Vaccine operations Central Provinces & Berar 1912-1920 - 1912-1920
Year: 1912
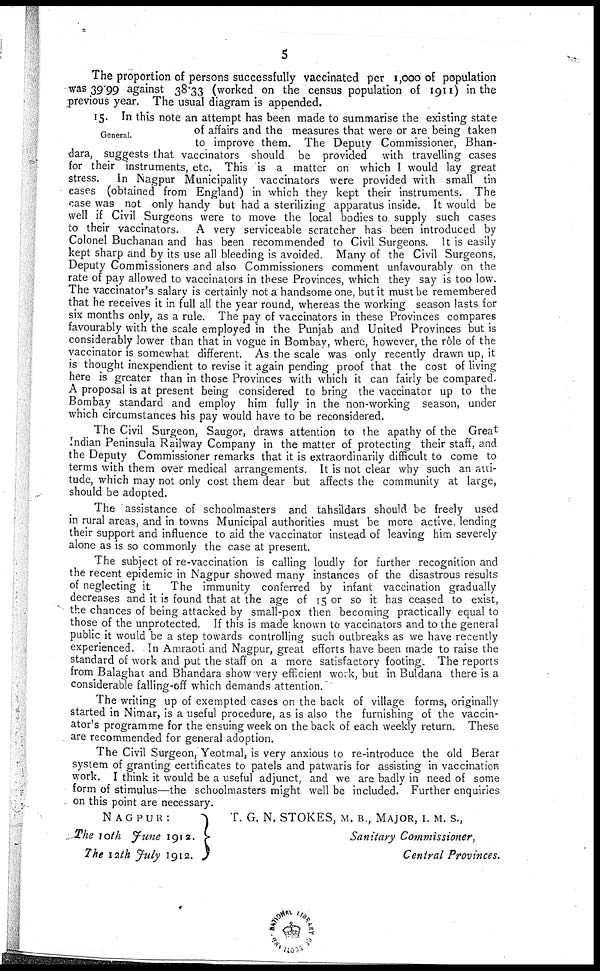
5
The proportion of persons successfully vaccinated per 1,000 of population
was 39.99 against 38.33 (worked on the census population of 1911) in the
previous year. The usual diagram is appended.
General.
15. In this note an attempt has been made to summarise the existing state
of affairs and the measures that were or are being taken
to improve them. The Deputy Commissioner, Bhan¬
dara, suggests that vaccinators should be provided with travelling cases
for their instruments, etc. This is a matter on which I would lay great
stress. In Nagpur Municipality vaccinators were provided with small tin
cases (obtained from England) in which they kept their instruments. The
case was not only handy but had a sterilizing apparatus inside. It would be
well if Civil Surgeons were to move the local bodies to supply such cases
to their vaccinators. A very serviceable scratcher has been introduced by
Colonel Buchanan and has been recommended to Civil Surgeons. It is easily
kept sharp and by its use all bleeding is avoided. Many of the Civil Surgeons,
Deputy Commissioners and also Commissioners comment unfavourably on the
rate of pay allowed to vaccinators in these Provinces, which they say is too low.
The vaccinator's salary is certainly not a handsome one, but it must be remembered
that he receives it in full all the year round, whereas the working season lasts for
six months only, as a rule. The pay of vaccinators in these Provinces compares
favourably with the scale employed in the Punjab and United Provinces but is
considerably lower than that in vogue in Bombay, where, however, the rôle of the
vaccinator is somewhat different. As the scale was only recently drawn up, it
is thought inexpendient to revise it again pending proof that the cost of living
here is greater than in those Provinces with which it can fairly be compared.
A proposal is at present being considered to bring the vaccinator up to the
Bombay standard and employ him fully in the non-working season, under
which circumstances his pay would have to be reconsidered.
The Civil Surgeon, Saugor, draws attention to the apathy of the Great
Indian Peninsula Railway Company in the matter of protecting their staff, and
the Deputy Commissioner remarks that it is extraordinarily difficult to come to
terms with them over medical arrangements. It is not clear why such an atti-
tude, which may not only cost them dear but affects the community at large,
should be adopted.
The assistance of schoolmasters and tahsildars should be freely used
in rural areas, and in towns Municipal authorities must be more active, lending
their support and influence to aid the vaccinator instead of leaving him severely
alone as is so commonly the case at present.
The subject of re-vaccination is calling loudly for further recognition and
the recent epidemic in Nagpur showed many instances of the disastrous results
of neglecting it
The immunity conferred by infant vaccination gradually
decreases and it is found that at the age of 15 or so it has ceased to exist,
the chances of being attacked by small-pox then becoming practically equal to
those of the unprotected. If this is made known to vaccinators and to the general
public it would be a step towards controlling such outbreaks as we have recently
experienced. In Amraoti and Nagpur, great efforts have been made to raise the
standard of work and put the staff on a more satisfactory footing. The reports
from Balaghat and Bhandara show very efficient work, but in Buldana there is a
considerable falling-off which demands attention.
The writing up of exempted cases on the back of village forms, originally
started in Nimar, is a useful procedure, as is also the furnishing of the vaccin-
ator's programme for the ensuing week on the back of each weekly return. These
are recommended for general adoption.
The Civil Surgeon, Yeotmal, is very anxious to re-introduce the old Berar
system of granting certificates to patels and patwaris for assisting in vaccination
work. I think it would be a useful adjunct, and we are badly in need of some
form of stimulus—the schoolmasters might well be included. Further enquiries
on this point are necessary.
NAGPUR:
The 10th June 1912.
The 12th July 1912.
T. G. N. STOKES, M. B., MAJOR, I. M. S.,
Sanitary Commissioner,
Central Provinces.